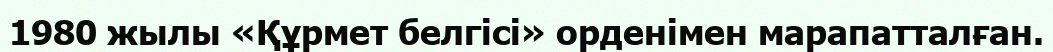
1980 жылы «Құрмет белгісі» орденімен марапатталған.